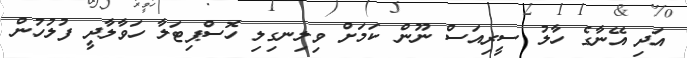
އަދި އޭނާގެ ހާލު ސީރިއަސް ނޫން ކަމަށް ވިލިނގިލި ހޮސްޕިޓަލާ ހަވާލާދީ ފުލުހުން